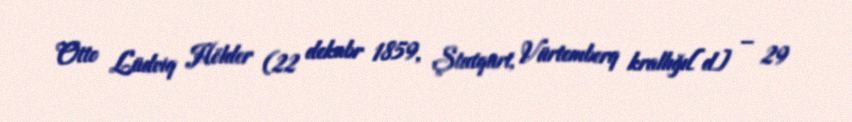
Otto Lüdviq Hölder (22 dekabr 1859, Ştutqart, Vürtemberq krallığı[d] – 29